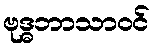
ဗုဒ္ဓဘာသာဝင်